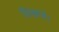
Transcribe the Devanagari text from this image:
सिखावे।